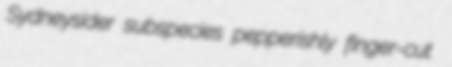
Sydneysider subspecies pepperishly finger-cut